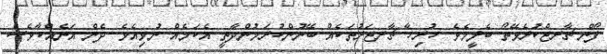
ފޯން ޗާރޖްކުރެވޭތޯ ބެލީމެވެ. ހުރިހާ ޗާރޖަރުތަކެއް ބޭނުންކުރަމުންދާތީ އެކަމެއް ނުވިއެވެ. ދެން އަނެއްކާވެސް